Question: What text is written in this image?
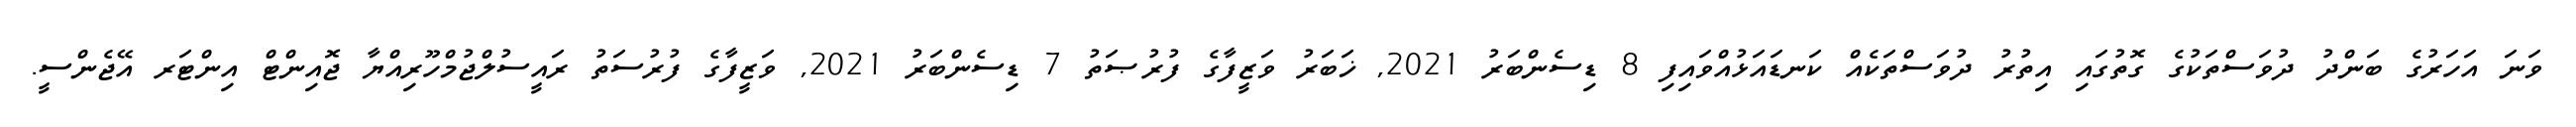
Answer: ވަނަ އަހަރުގެ ބަންދު ދުވަސްތަކުގެ ގޮތުގައި އިތުރު ދުވަސްތަކެއް ކަނޑައަޅުއްވައިފި 8 ޑިސެންބަރު 2021, ޚަބަރު ވަޒީފާގެ ފުރުޞަތު 7 ޑިސެންބަރު 2021, ވަޒީފާގެ ފުރުސަތު ރައީސުލްޖުމްހޫރިއްޔާ ޖޮއިންޓް އިންޓަރ އޭޖެންސީ.